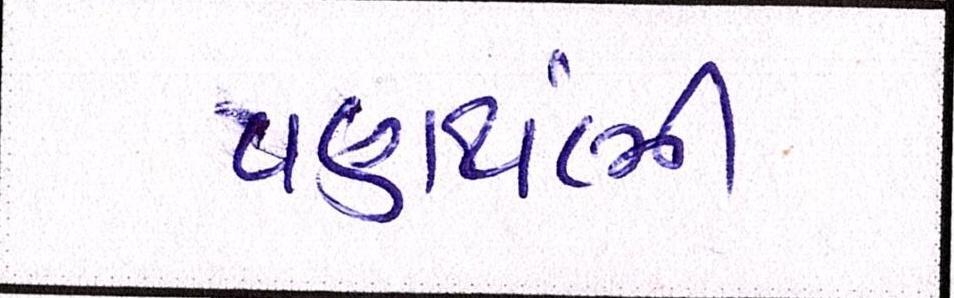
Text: વણથંભી